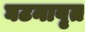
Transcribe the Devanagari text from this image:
घटनावृत